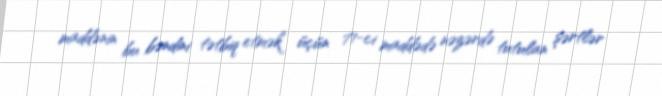
maddənin bu bəndini tətbiq etmək üçün 71-ci maddədə nəzərdə tutulan şərtlər